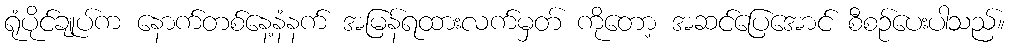
ရုံပိုင်ချုပ်က နောက်တစ်နေ့နံနက် အမြန်ရထားလက်မှတ် ကိုတော့ အဆင်ပြေအောင် စီစဉ်ပေးပါသည်။